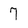
Character: 7